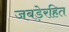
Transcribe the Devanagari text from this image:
जबड़ेरहित